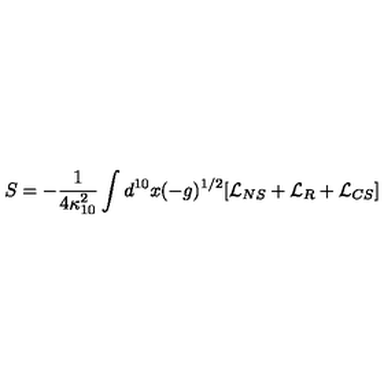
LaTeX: S = - \frac { 1 } { 4 \kappa _ { 1 0 } ^ { 2 } } \int d ^ { 1 0 } x ( - g ) ^ { 1 / 2 } [ \mathcal { L } _ { N S } + \mathcal { L } _ { R } + \mathcal { L } _ { C S } ]